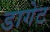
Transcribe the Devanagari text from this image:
डागेट